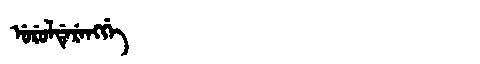
Manchu: ᡠᡵᡠᠯᡩᡝᡵᡝᠩᡤᡝ
Romanization: URULDERENGGE